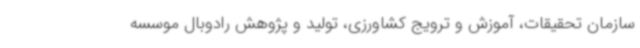
سازمان تحقیقات، آموزش و ترویج کشاورزی، تولید و پژوهش رادوبال موسسه